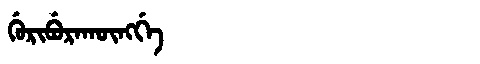
Manchu: ᡤᡠᡵᡳᠪᡠᡵᠠᡴᡡᠩᡤᡝ
Romanization: GURIBURAKŪNGGE